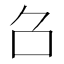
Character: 𠮥